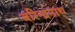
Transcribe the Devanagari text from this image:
बरिन्द्रनाथ